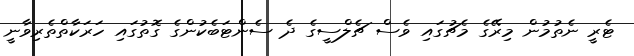
ޓެރީ ނެތުމުން މިރޭގެ މެޗުގައި ވެސް ޗެލްސީގެ ދެ ސެންޓަބެކުންގެ ގޮތުގައި ހަރަކާތްތެރިވާނީ